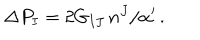
LaTeX: \Delta P _ { I } = 2 G _ { I J } \, n ^ { J } / \alpha ^ { \prime } \, .